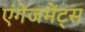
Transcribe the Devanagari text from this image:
एंगेजमेंट्स